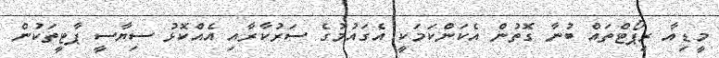
މީޑިއާ ރިޕޯޓްތައް ބުނާ ގޮތުން އެކަންކަމަކީ އެގައުމުގެ ސަރުކާރާއި އެއްކޮޅު ސިޔާސީ ޕާޓީތަކުން